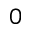
0